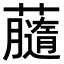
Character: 𧃚